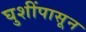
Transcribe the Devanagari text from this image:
घुशींपासून